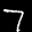
Label: 7